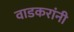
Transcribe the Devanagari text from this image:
वाडकरांनी